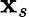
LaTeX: \mathbf{x}_{s}